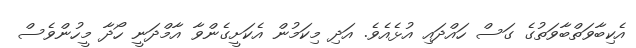
އެކިބާވަތްބާވަތުގެ ގަސް ހައްދައި އުޅެއެވެ. އަދި މިކަމުން އެކަށީގެންވާ އާމްދަނީ ހޯދާ މީހުންވެސް